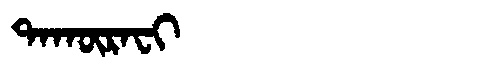
Manchu: ᡨᠠᡴᡡᡵᠠᠸᡳ
Romanization: TAKŪRAFI